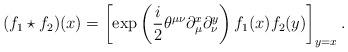
LaTeX: \begin{align*}(f_1\star f_2)(x)=\left[\exp\left(\frac{i}{2}\theta^{\mu\nu}\partial^x_{\mu}\partial^y_{\nu}\right)f_1(x)f_2(y)\right]_{y=x}.\end{align*}